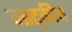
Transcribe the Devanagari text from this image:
नाट्कीय